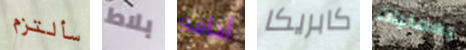
سألتزم بلاط أخافه كابريكا بعمليات